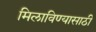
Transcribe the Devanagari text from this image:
मिलाविण्यासाठी